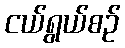
ငယ်ရွယ်စဉ်